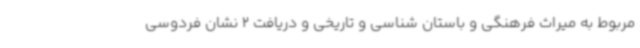
مربوط به میراث فرهنگی و باستان‌ شناسی و تاریخی و دریافت 2 نشان فردوسی